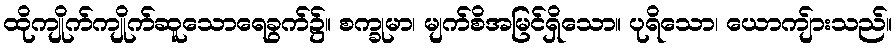
ထိုကျိုက်ကျိုက်ဆူသောရေခွက်၌။ စက္ခုမာ၊ မျက်စိအမြင်ရှိသော။ ပုရိသော၊ ယောကျ်ားသည်။